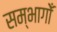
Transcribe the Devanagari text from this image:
सम्भागोँ